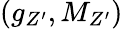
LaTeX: (g_{Z^{\prime}},M_{Z^{\prime}})